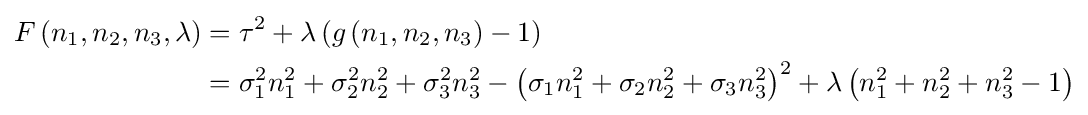
{\begin{aligned}F\left(n_{1},n_{2},n_{3},\lambda \right)&=\tau ^{2}+\lambda \left(g\left(n_{1},n_{2},n_{3}\right)-1\right)\\&=\sigma _{1}^{2}n_{1}^{2}+\sigma _{2}^{2}n_{2}^{2}+\sigma _{3}^{2}n_{3}^{2}-\left(\sigma _{1}n_{1}^{2}+\sigma _{2}n_{2}^{2}+\sigma _{3}n_{3}^{2}\right)^{2}+\lambda \left(n_{1}^{2}+n_{2}^{2}+n_{3}^{2}-1\right)\\\end{aligned}}